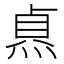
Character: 𭵐